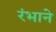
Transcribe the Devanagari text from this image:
रंभाने